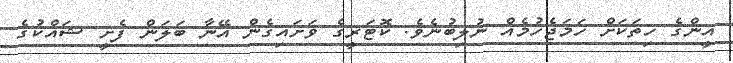
އީންގެ ހިތަކަށް ހަމަޖެހުމެއް ނުލިބުނެވެ. ކޮޓަރީގެ ވަށައިގެން އޭނާ ބަލަން ފެށީ ޝައްކުގެ